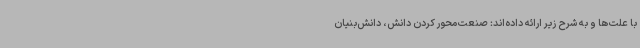
با علت‌ها و به شرح زیر ارائه داده‌اند: صنعت‌محور کردن دانش، دانش‌بنیان